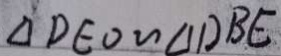
\Delta D E O \sim \Delta D B E